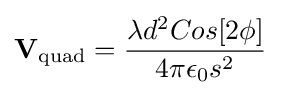
\mathbf {V} _{\mathrm {quad} }={\frac {\lambda d^{2}Cos[2\phi ]}{4\pi \epsilon _{0}s^{2}}}